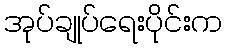
အုပ်ချုပ်ရေးပိုင်းက